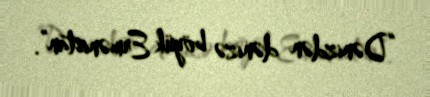
“Dənizdən dənizə böyük Ermənistan”.